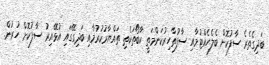
ބަދިގެތެރެ ސާފުކޮށް ބެލެހެއްޓުމާއި ސާފުތާހިރުކަންމަތީ ކާބޯތަކެތި ތައްޔާރުކުރުމާއި ބަދިގޭގައި އުޅޭއިރު ސާފުކޮށް ހުރުން.